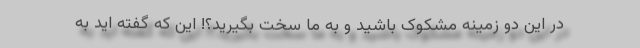
در این دو زمینه مشکوک باشید و به ما سخت بگیرید؟! این که گفته اید به